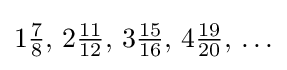
1{\tfrac {7}{8}},\,2{\tfrac {11}{12}},\,3{\tfrac {15}{16}},\,4{\tfrac {19}{20}},\,\ldots